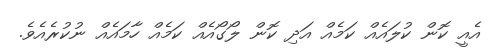
އެއީ ކޮން ކުލައެއް ކަމެއް އަދި ކޮން ލޯގޯއެއް ކަމެއް ހާމައެއް ނުކުރެއެވެ.